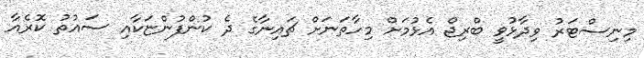
މިނިސްޓަރު ވިދާޅުވީ ބްރިޖް އެޅުމަށް މިހާތަނަށް ޗައިނާގެ ދެ ކުންފުންޏަކާއި ސައުތު ކޮރެއާ